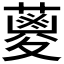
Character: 𮑪